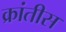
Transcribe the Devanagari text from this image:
क्रांतीस